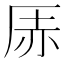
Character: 𪠇